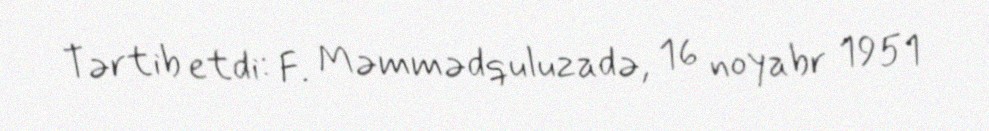
Tərtib etdi: F. Məmmədquluzadə, 16 noyabr 1951